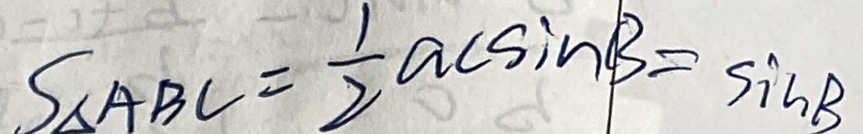
S _ { \Delta A B C } = \frac { 1 } { 2 } a c \sin B = \sin B